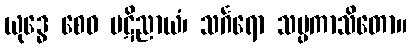
ယုဒ္ဓေ စေဝ ပဋိညာယံ၊ သင်္ဂရော သမ္ပကာသိတော။